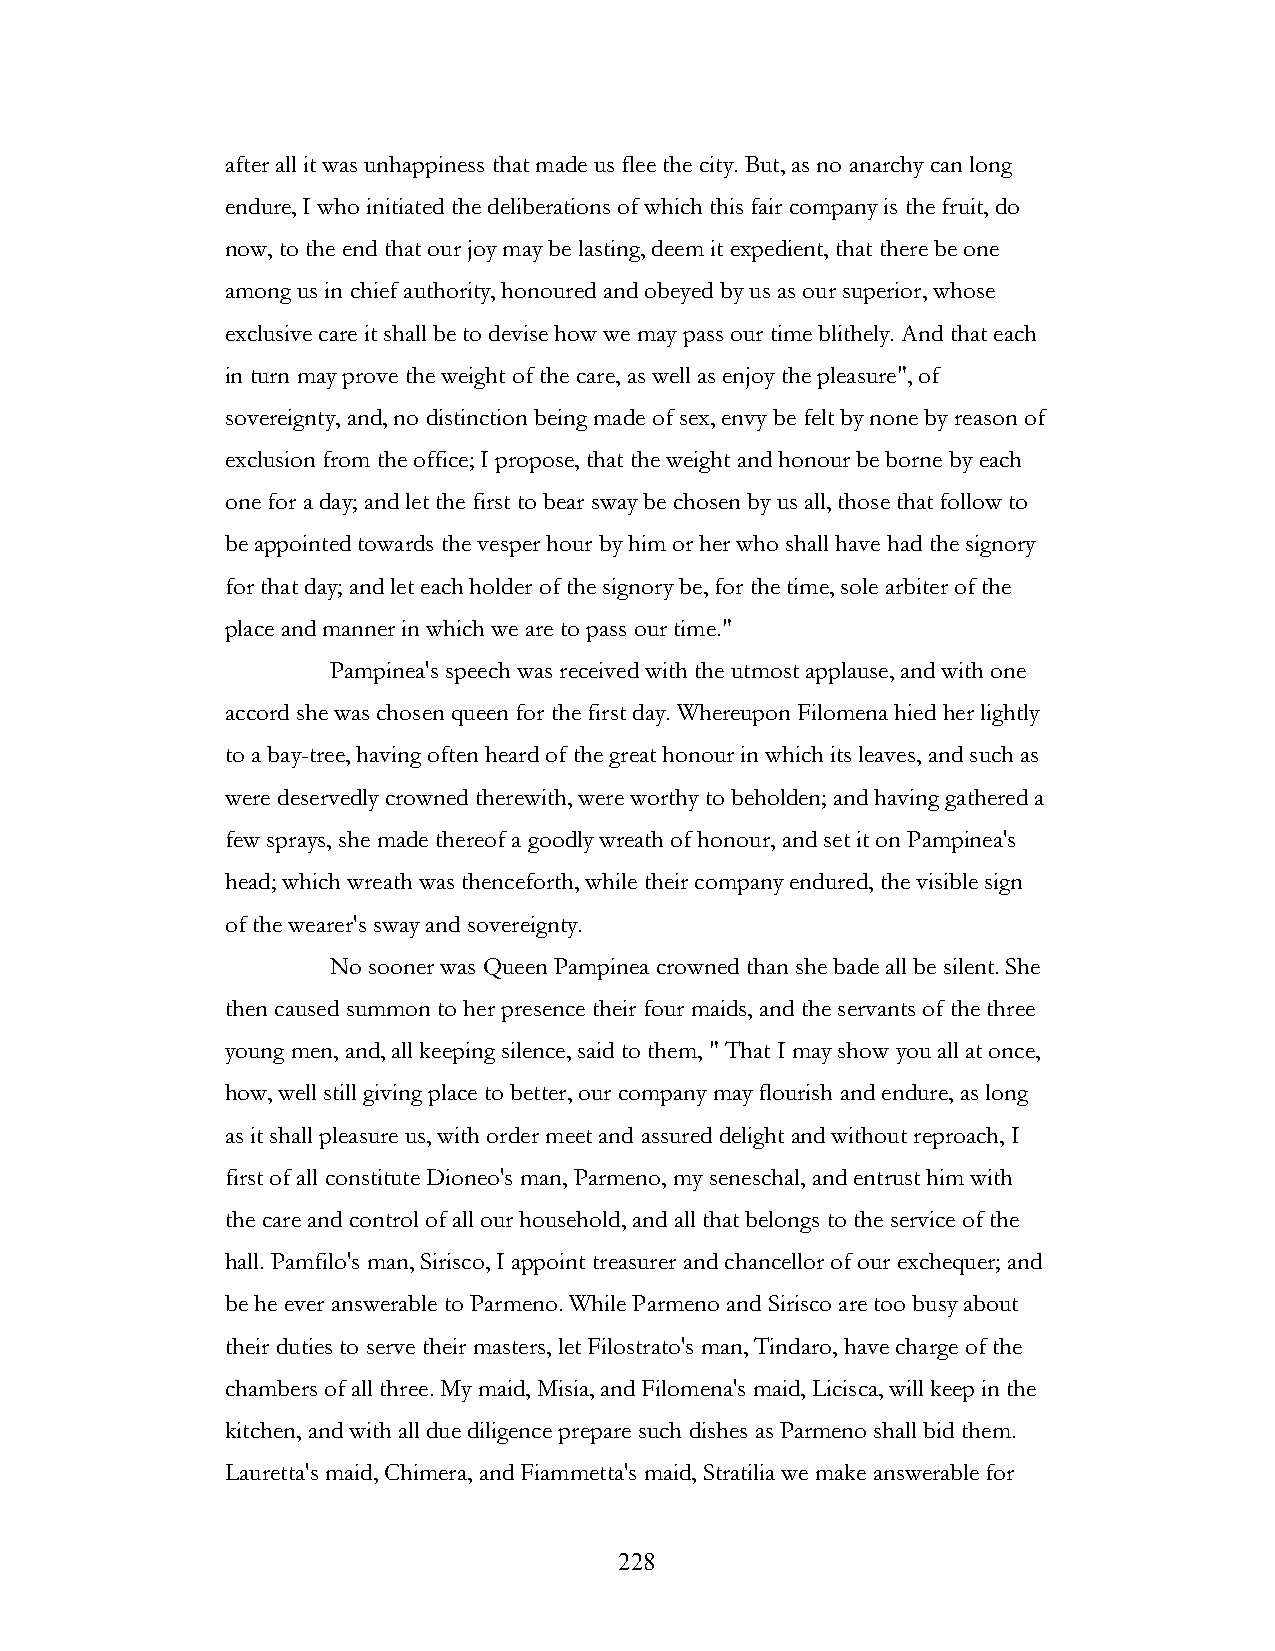
after all it was unhappiness that made us flee the city. But, as no anarchy can long
 endure, I who initiated the deliberations of which this fair company is the fruit, do
 now, to the end that our joy may be lasting, deem it expedient, that there be one
 among us in chief authority, honoured and obeyed by us as our superior, whose
 exclusive care it shall be to devise how we may pass our time blithely. And that each
 in turn may prove the weight of the care, as well as enjoy the pleasure", of
 sovereignty, and, no distinction being made of sex, envy be felt by none by reason of
 exclusion from the office; I propose, that the weight and honour be borne by each
 one for a day; and let the first to bear sway be chosen by us all, those that follow to
 be appointed towards the vesper hour by him or her who shall have had the signory
 for that day; and let each holder of the signory be, for the time, sole arbiter of the
 place and manner in which we are to pass our time."
 Pampinea's speech was received with the utmost applause, and with one
 accord she was chosen queen for the first day. Whereupon Filomena hied her lightly
 to a bay-tree, having often heard of the great honour in which its leaves, and such as
 were deservedly crowned therewith, were worthy to beholden; and having gathered a
 few sprays, she made thereof a goodly wreath of honour, and set it on Pampinea's
 head; which wreath was thenceforth, while their company endured, the visible sign
 of the wearer's sway and sovereignty.
 No sooner was Queen Pampinea crowned than she bade all be silent. She
 then caused summon to her presence their four maids, and the servants of the three
 young men, and, all keeping silence, said to them, " That I may show you all at once,
 how, well still giving place to better, our company may flourish and endure, as long
 as it shall pleasure us, with order meet and assured delight and without reproach, I
 first of all constitute Dioneo's man, Parmeno, my seneschal, and entrust him with
 the care and control of all our household, and all that belongs to the service of the
 hall. Pamfilo's man, Sirisco, I appoint treasurer and chancellor of our exchequer; and
 be he ever answerable to Parmeno. While Parmeno and Sirisco are too busy about
 their duties to serve their masters, let Filostrato's man, Tindaro, have charge of the
 chambers of all three. My maid, Misia, and Filomena's maid, Licisca, will keep in the
 kitchen, and with all due diligence prepare such dishes as Parmeno shall bid them.
 Lauretta's maid, Chimera, and Fiammetta's maid, Stratilia we make answerable for
 !                         228